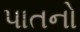
પાતનો